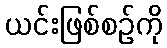
ယင်းဖြစ်စဉ်ကို